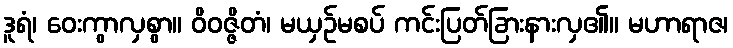
ဒူရံ၊ ဝေးကွာလှစွာ။ ဝိဝဇ္ဇိတံ၊ မယှဉ်မစပ် ကင်းပြတ်ခြားနားလှ၏။ မဟာရာဇ၊